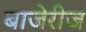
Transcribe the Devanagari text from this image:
बाजेरीज